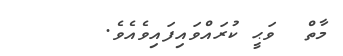
މާތް  ވަޙީ ކުރައްވައިފައިވެއެވެ.